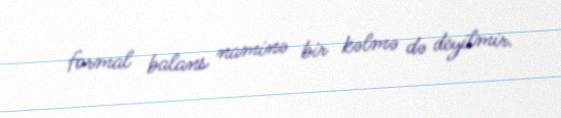
formal balans naminə bir kəlmə də deyilmir.